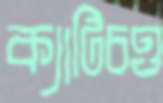
ক্যাটিচও